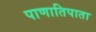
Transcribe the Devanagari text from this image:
पाणातिपाता